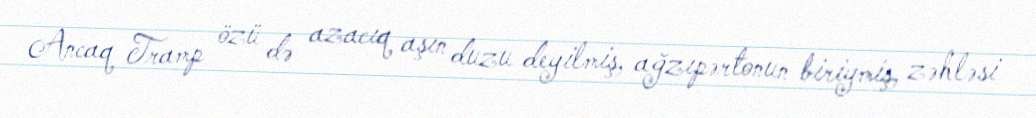
Ancaq Tramp özü də azacıq aşın duzu deyilmiş, ağzıpərtonun biriymiş, zəhləsi